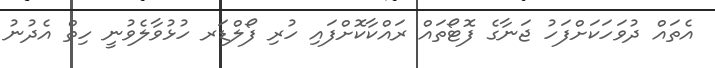
އެތައް ދުވަހަކަށްފަހު ޖަނާގެ ފޮޓޯތައް ރައްކާކޮށްފައި ހުރި ފޯލްޑަރ ހުޅުވާލެވުނީ ހިތް އެދުނު